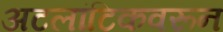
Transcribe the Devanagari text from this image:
अटलांटिकवरून